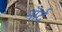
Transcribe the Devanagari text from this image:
नॉर्द